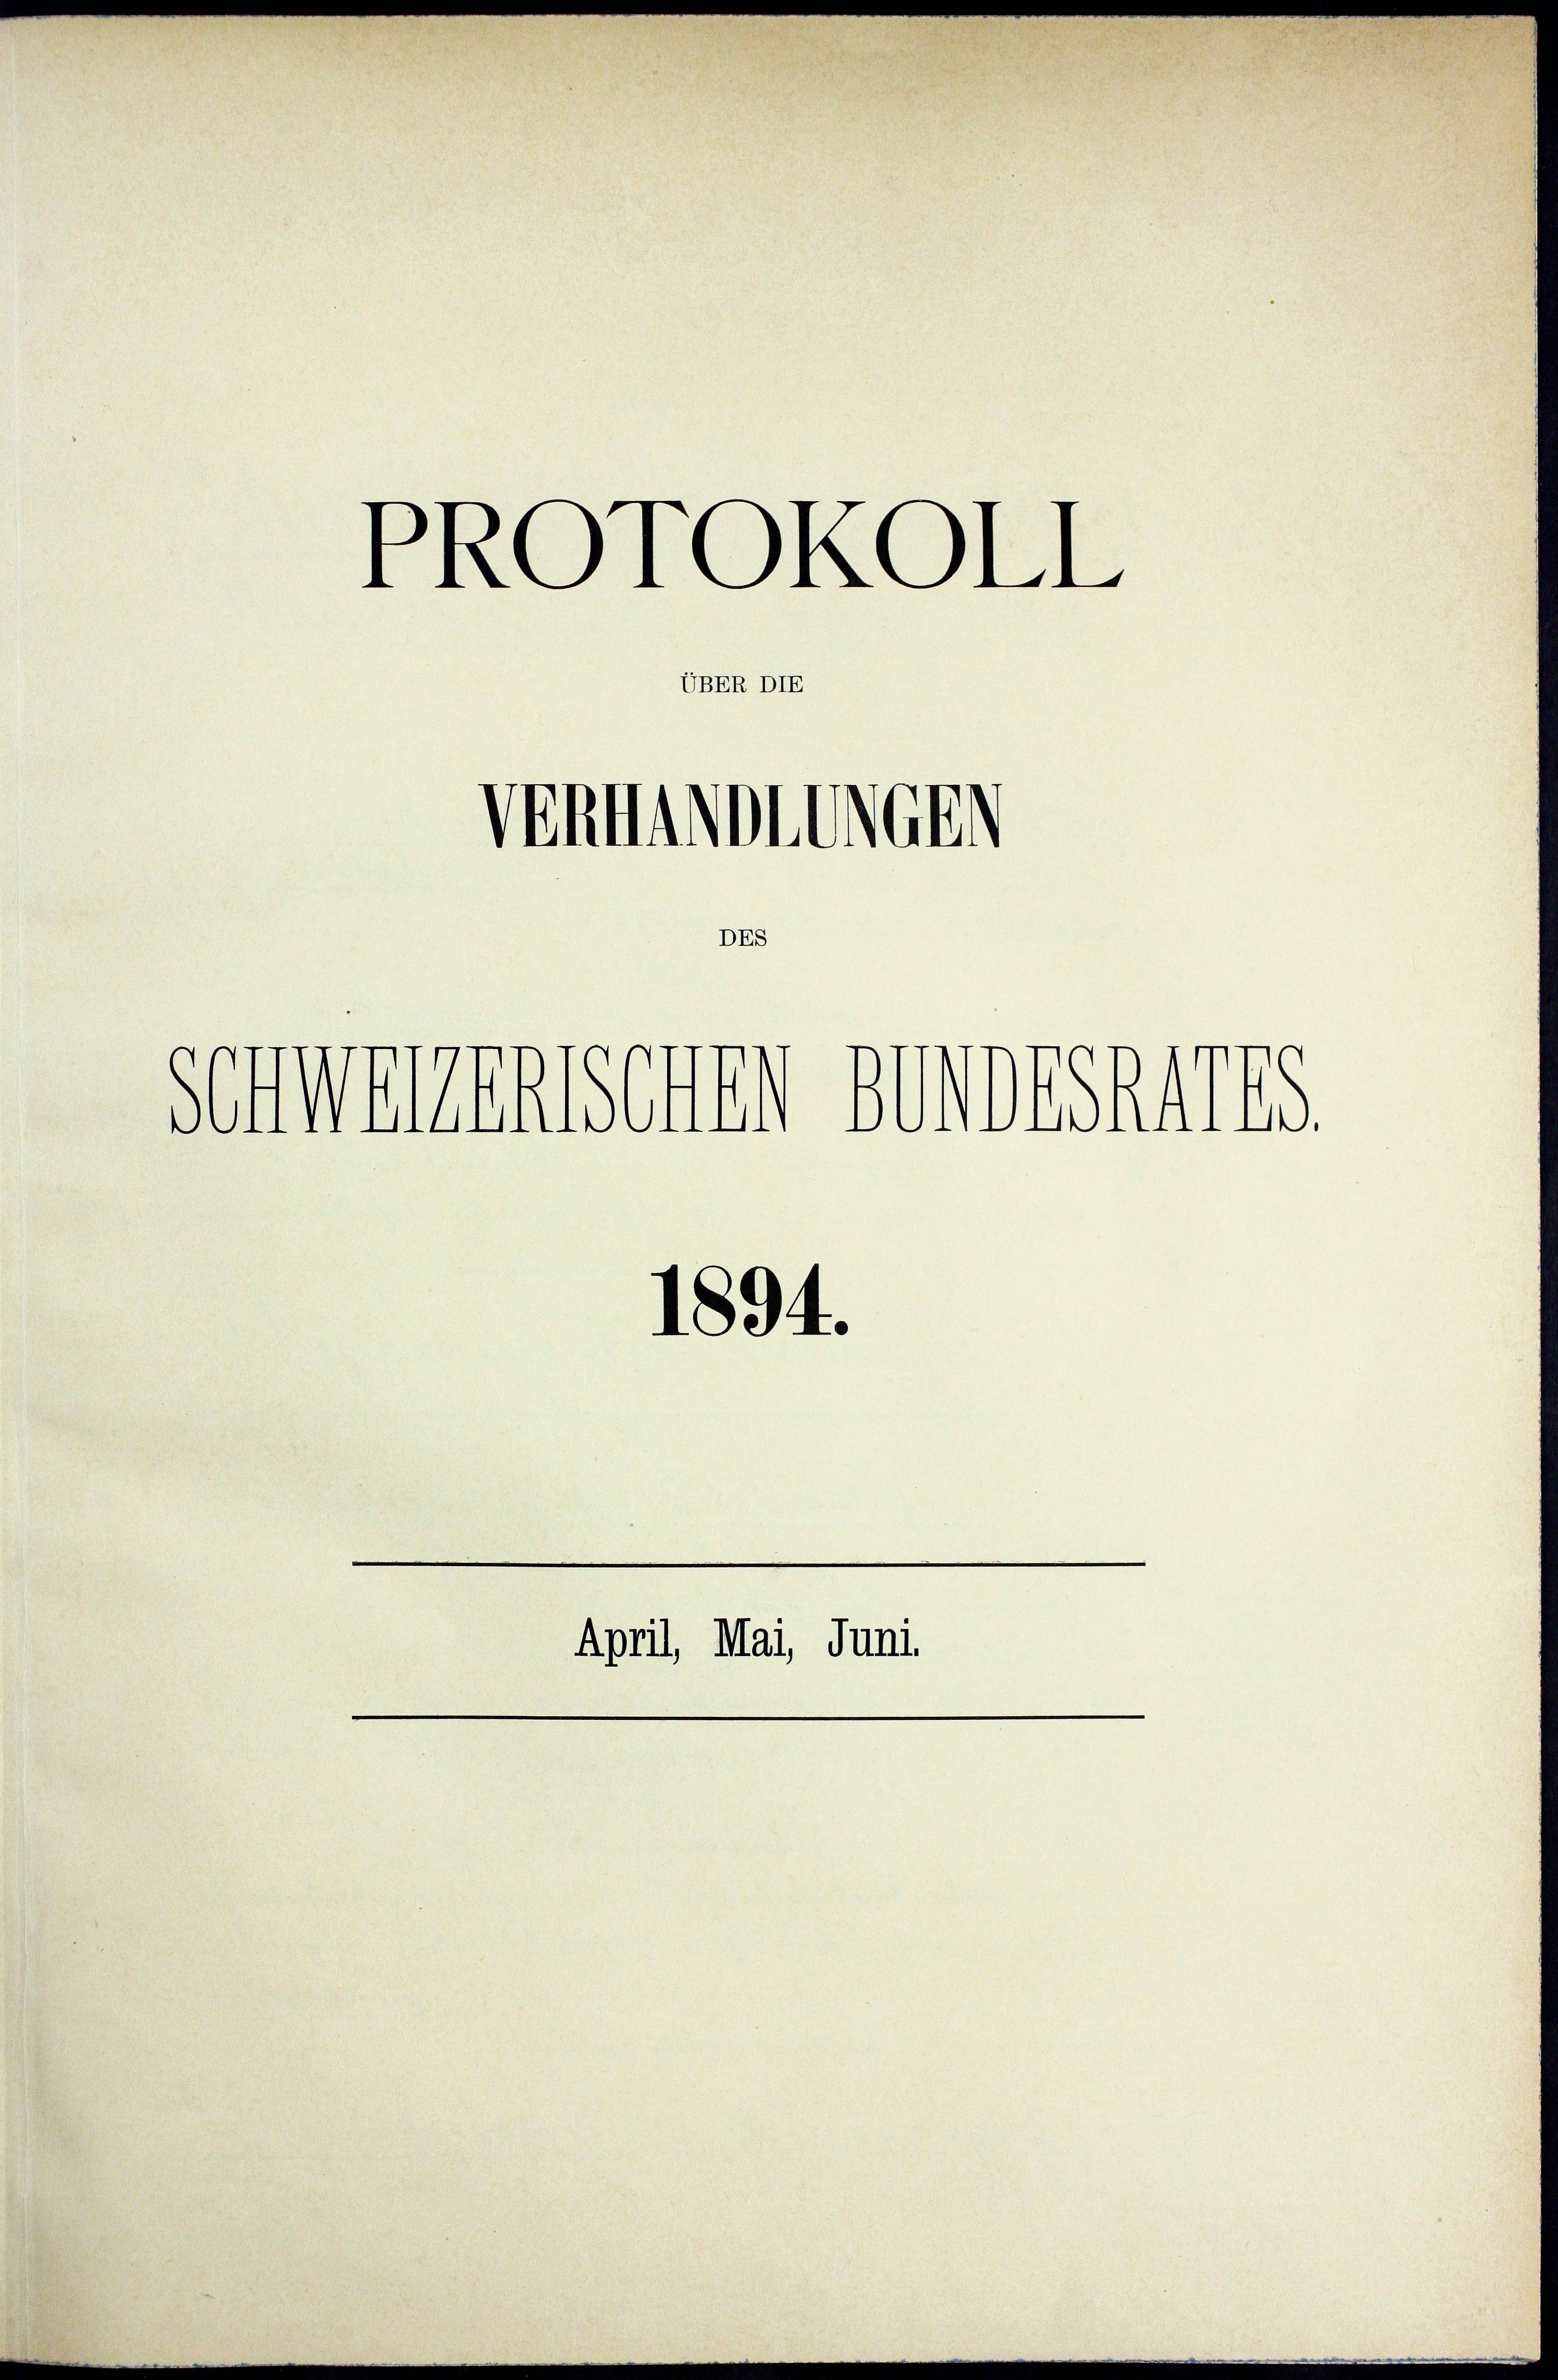
¬
PROTOKOLL

UBER DIE

Verwandtsch

April, Mai, Juni

DES
Schwegenschen geistis

1894.